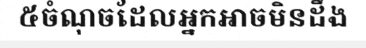
៥ចំណុចដែលអ្នកអាចមិនដឹង